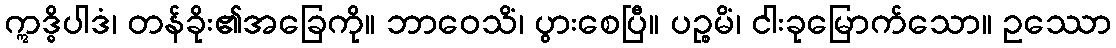
ဣဒ္ဓိပါဒံ၊ တန်ခိုး၏အခြေကို။ ဘာဝေသိံ၊ ပွားစေပြီ။ ပဉ္စမိံ၊ ငါးခုမြောက်သော။ ဥဿော